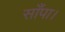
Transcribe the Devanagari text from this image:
साँपा।